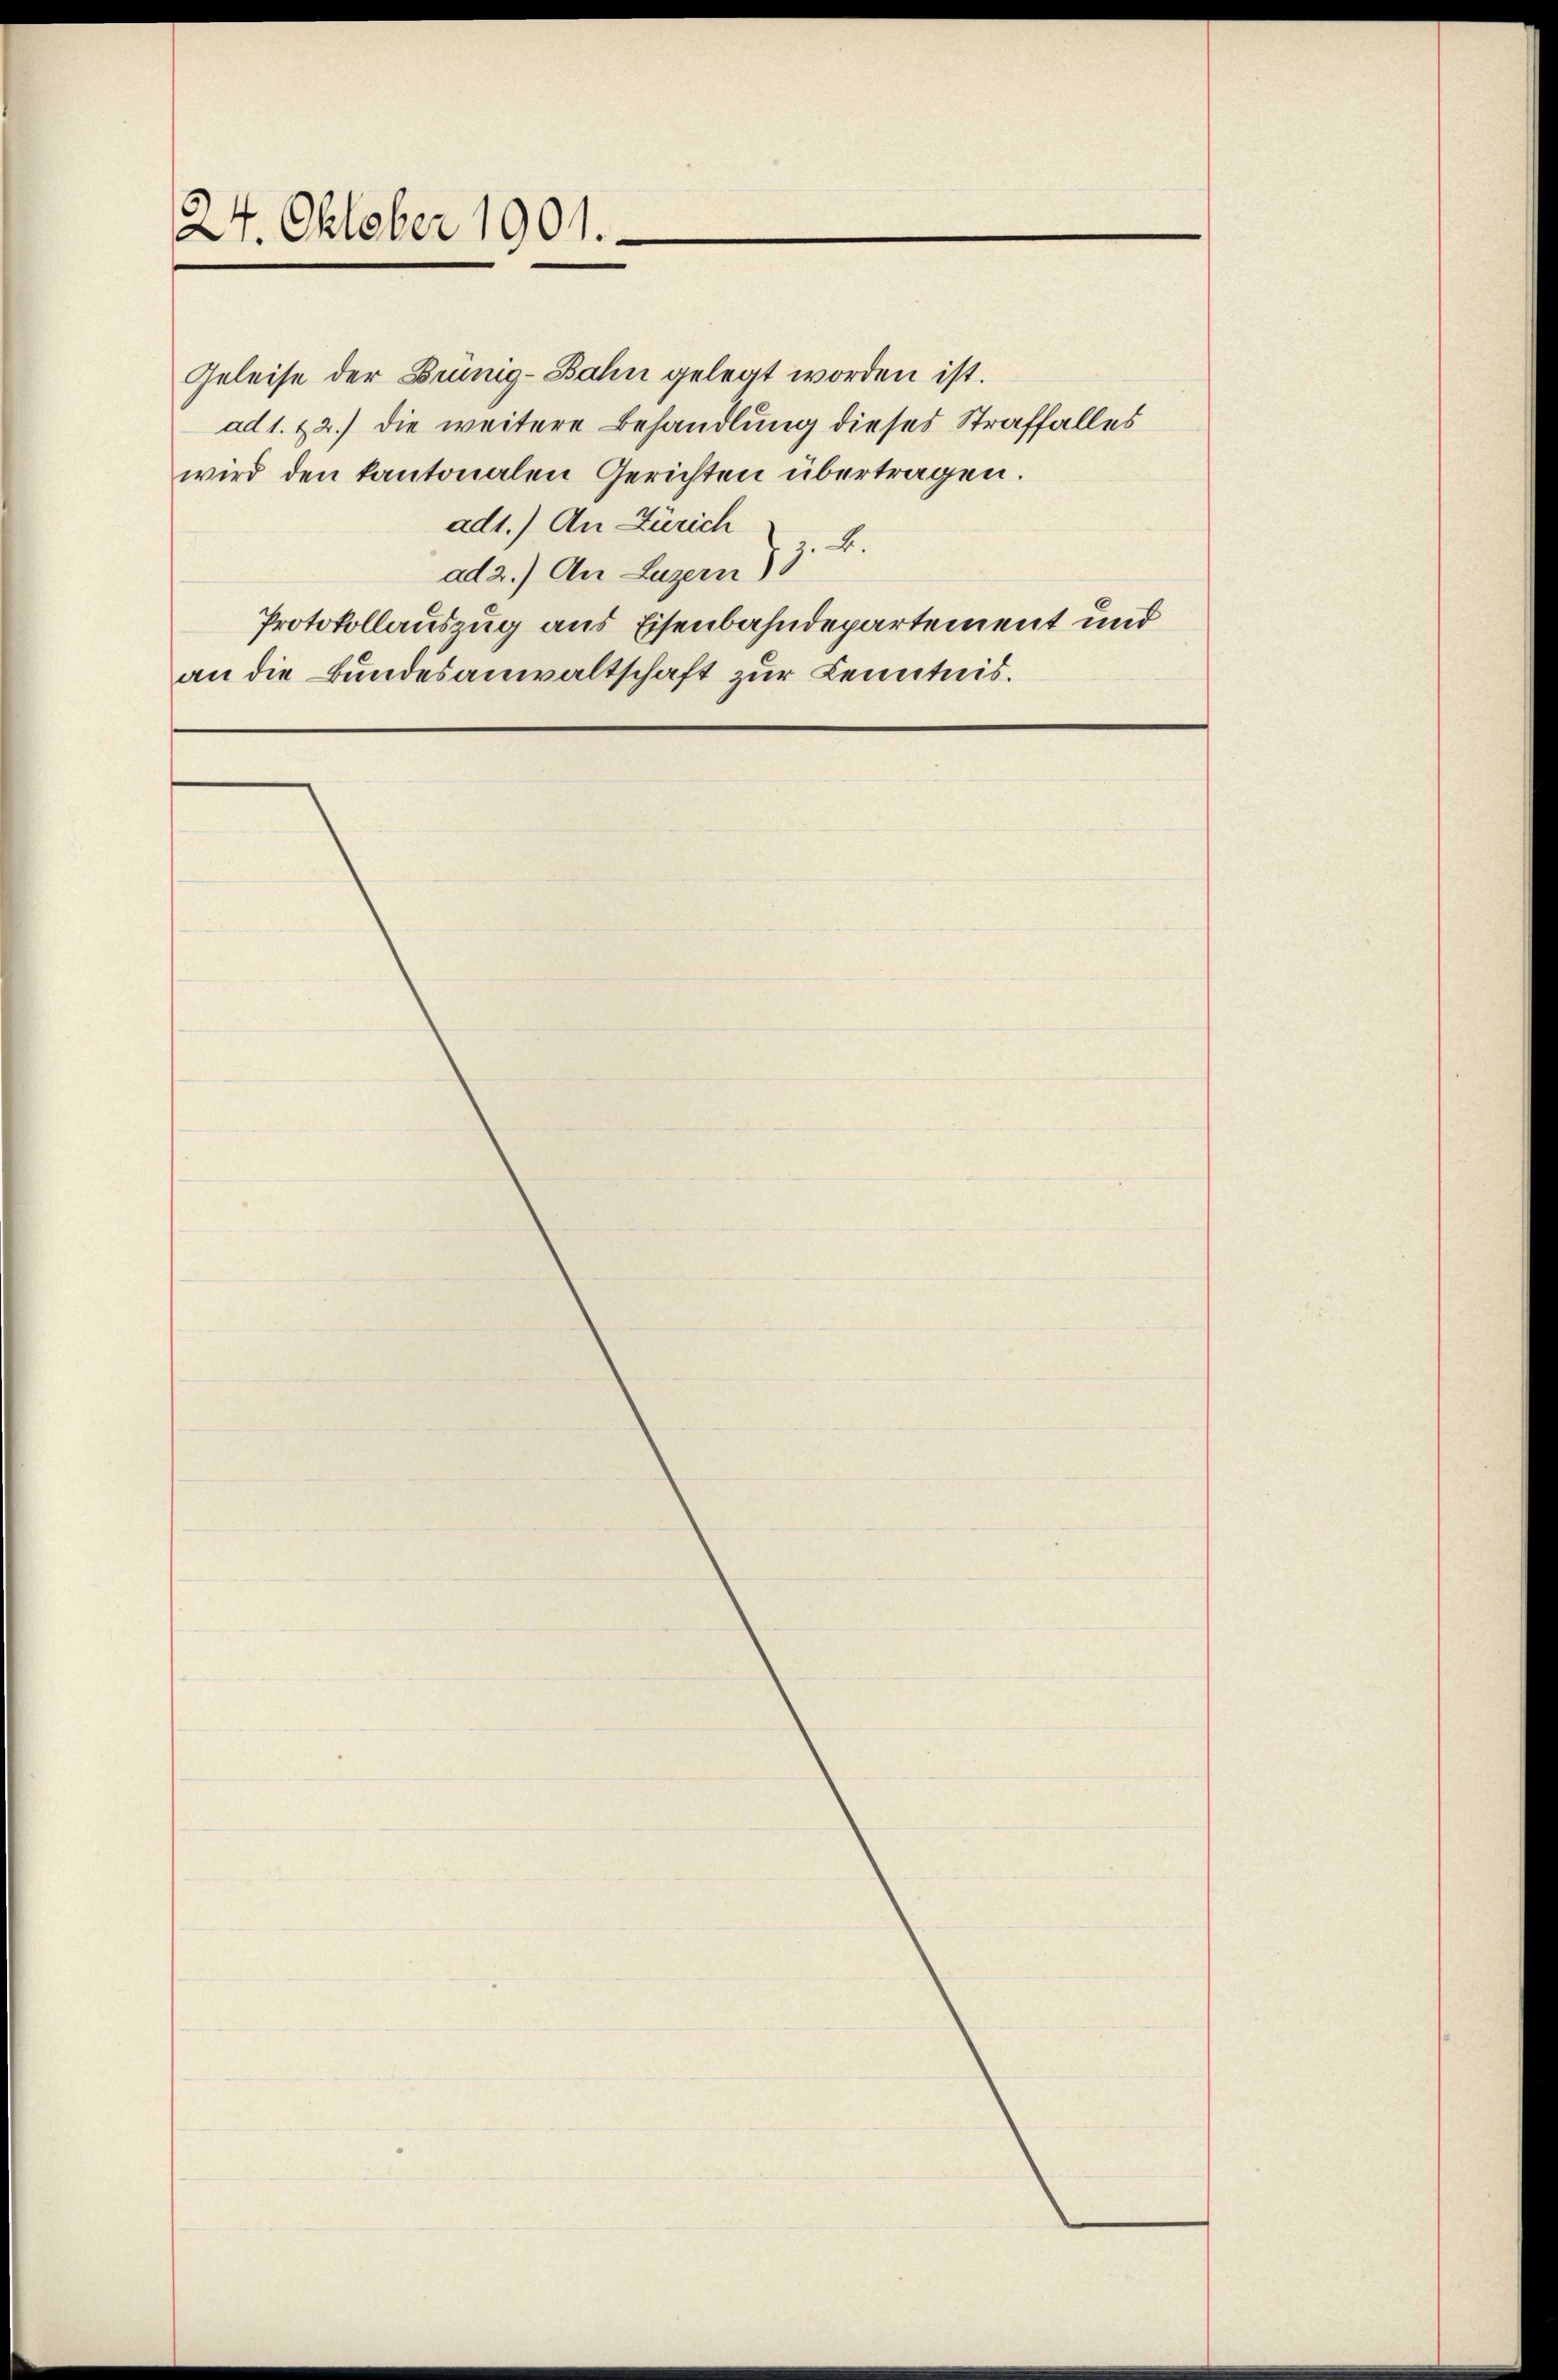
24. Oktober 1901.

Geleise der Brünig-Bahn gelegt worden ist.
ad 1. 22.) die weitere Behandlung dieses Straffalles
wird den kantonalen Gerichten übertragen.
ad1.) An Zürich
B.
ad 2.) An Luzern) 3
Protokollauszug aus Eisenbahndepartement und
an die Bundesanwaltschaft zur Kenntnis.